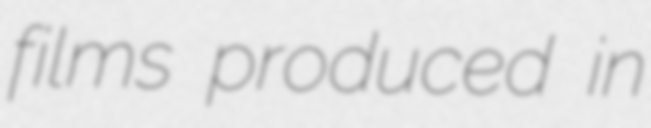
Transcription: films produced in